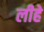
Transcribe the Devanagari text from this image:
लीहे